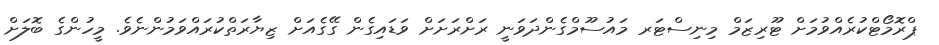
ޕްރޮމޯޓްކުރެއްވުމަށް ޓޫރިޒަމް މިނިސްޓަރ މައުސޫމްގެންދަވަނީ ރަށްރަށަށް ވަޑައިގެން ގޭގެއަށް ޒިޔާރަތްކުރައްވަމުންނެވެ. މީހުންގެ ބޮލަށް